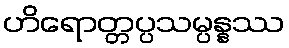
ဟိရောတ္တပ္ပသမ္ပန္နဿ